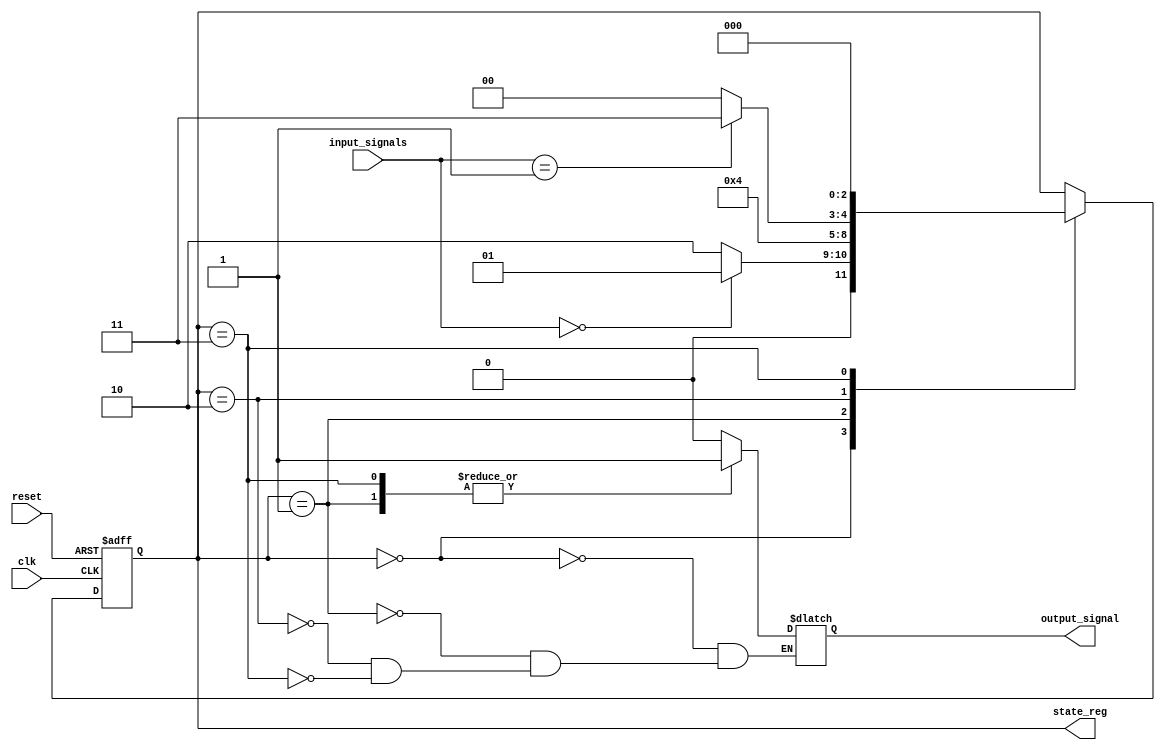
module state_machine (
  input clk,
  input reset,
  input [1:0] input_signals,
  
  output reg [2:0] state_reg,
  output reg output_signal
);

// State definitions
parameter STATE_A = 3'b000;
parameter STATE_B = 3'b001;
parameter STATE_C = 3'b010;
parameter STATE_D = 3'b011;

// State machine logic
always @(posedge clk or posedge reset) begin
  if (reset) begin
    state_reg <= STATE_A;
  end else begin
    case(state_reg)
      STATE_A: begin
        if (input_signals == 2'b00) begin
          state_reg <= STATE_B;
        end else begin
          state_reg <= STATE_C;
        end
      end
      STATE_B: begin
        state_reg <= STATE_C;
      end
      STATE_C: begin
        if (input_signals == 2'b01) begin
          state_reg <= STATE_D;
        end else begin
          state_reg <= STATE_A;
        end
      end
      STATE_D: begin
        state_reg <= STATE_A;
      end
    endcase
  end
end

// Output signal generation
always @(state_reg) begin
  case(state_reg)
    STATE_A: begin
      output_signal <= 1'b0;
    end
    STATE_B: begin
      output_signal <= 1'b1;
    end
    STATE_C: begin
      output_signal <= 1'b0;
    end
    STATE_D: begin
      output_signal <= 1'b1;
    end
  endcase
end

endmodule